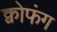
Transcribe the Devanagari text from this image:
क्वोफंग